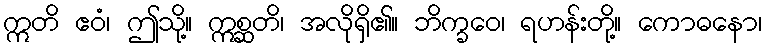
ဣတိ ဧဝံ၊ ဤသို့။ ဣစ္ဆတိ၊ အလိုရှိ၏။ ဘိက္ခဝေ၊ ရဟန်းတို့။ ကောဓနော၊